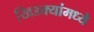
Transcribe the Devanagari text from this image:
खिडक्यांमध्ये